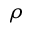
\rho